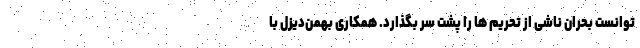
توانست بحران ناشی از تحریم ها را پشت سر بگذارد. همکاری بهمن‌دیزل با